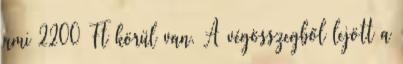
ami 2200 Ft körül van. A végösszegből lejött a